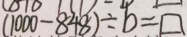
( 1 0 0 0 - 8 4 8 ) \div b = \square